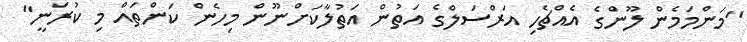
"މަންމަމެން ލޫންގެ އެއްޗެހި އަރްސަލްގެ އަތުން އަތުލާކަށްނޫން މިހެން ކަންތައް މި ކުރަނީ"